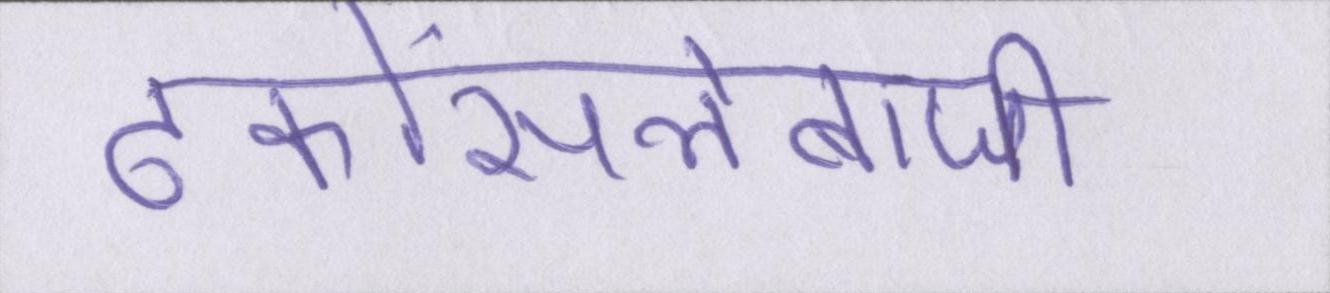
ढकोंसलेबाजी